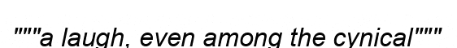
"""a laugh, even among the cynical"""